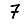
Digit: 7